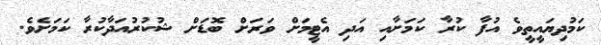
ކަމުދިޔައީތީވެ އުފާ ކުރާ ކަމަށާއި އަދި އެޓީމަށް ވަރަށް ބޮޑަށް ޝުކުރުއަދާކުރާ ކަމަށެވެ.